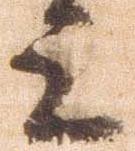
上